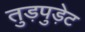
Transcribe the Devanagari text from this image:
तुड़पुड़ेट